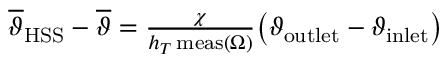
\begin{array} { r } { \overline { { \vartheta } } _ { \mathrm { H S S } } - \overline { { \vartheta } } = \frac { \chi } { h _ { T } \, \mathrm { m e a s } ( \Omega ) } \big ( \vartheta _ { \mathrm { o u t l e t } } - \vartheta _ { \mathrm { i n l e t } } \big ) } \end{array}